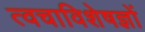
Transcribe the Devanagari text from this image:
त्वचाविशेषज्ञों